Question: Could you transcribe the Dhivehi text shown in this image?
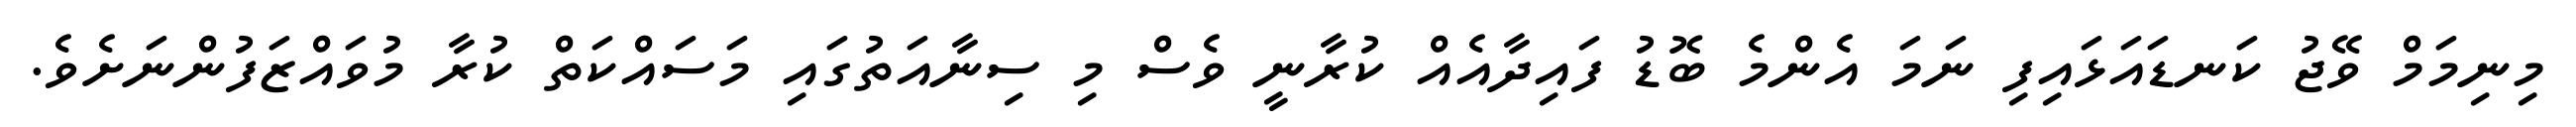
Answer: މިނިމަމް ވޭޖު ކަނޑައަޅައިފި ނަމަ އެންމެ ބޮޑު ފައިދާއެއް ކުރާނީ ވެސް މި ސިނާއަތުގައި މަސައްކަތް ކުރާ މުވައްޒަފުންނަށެވެ.